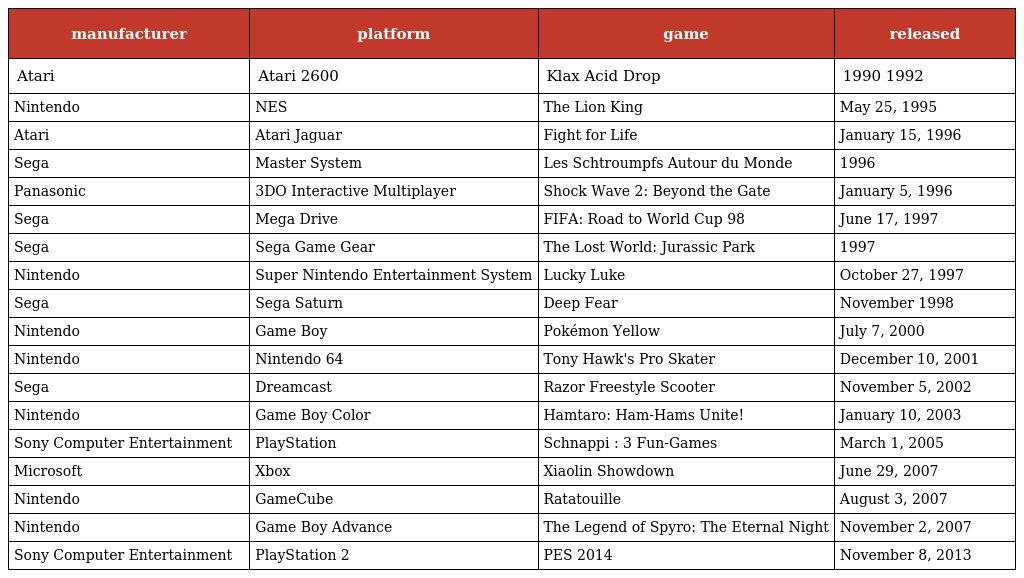
| manufacturer | platform | game | released |
 | --- | --- | --- | --- |
 | Atari | Atari 2600 | Klax Acid Drop | 1990 1992 |
 | Nintendo | NES | The Lion King | May 25, 1995 |
 | Atari | Atari Jaguar | Fight for Life | January 15, 1996 |
 | Sega | Master System | Les Schtroumpfs Autour du Monde | 1996 |
 | Panasonic | 3DO Interactive Multiplayer | Shock Wave 2: Beyond the Gate | January 5, 1996 |
 | Sega | Mega Drive | FIFA: Road to World Cup 98 | June 17, 1997 |
 | Sega | Sega Game Gear | The Lost World: Jurassic Park | 1997 |
 | Nintendo | Super Nintendo Entertainment System | Lucky Luke | October 27, 1997 |
 | Sega | Sega Saturn | Deep Fear | November 1998 |
 | Nintendo | Game Boy | Pokémon Yellow | July 7, 2000 |
 | Nintendo | Nintendo 64 | Tony Hawk's Pro Skater | December 10, 2001 |
 | Sega | Dreamcast | Razor Freestyle Scooter | November 5, 2002 |
 | Nintendo | Game Boy Color | Hamtaro: Ham-Hams Unite! | January 10, 2003 |
 | Sony Computer Entertainment | PlayStation | Schnappi : 3 Fun-Games | March 1, 2005 |
 | Microsoft | Xbox | Xiaolin Showdown | June 29, 2007 |
 | Nintendo | GameCube | Ratatouille | August 3, 2007 |
 | Nintendo | Game Boy Advance | The Legend of Spyro: The Eternal Night | November 2, 2007 |
 | Sony Computer Entertainment | PlayStation 2 | PES 2014 | November 8, 2013 |